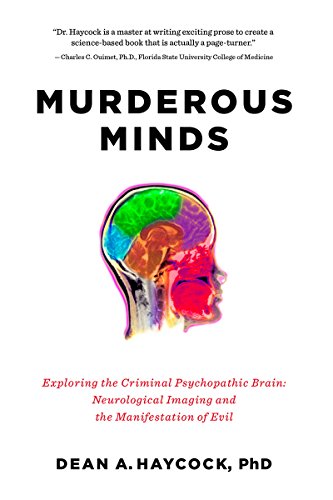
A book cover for Murderous Minds: Exploring the Criminal Psychopathic Brain: Neurological Imaging and the Manifestation of Evil; Dean A. Haycock; Health, Fitness & Dieting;